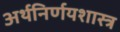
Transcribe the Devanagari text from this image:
अर्थनिर्णयशास्त्र